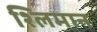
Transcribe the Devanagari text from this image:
श्लिमान